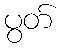
ပွတ်